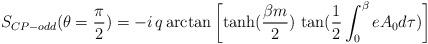
LaTeX: \begin{align*}S_{CP-odd}(\theta=\frac{\pi}{2})=-i\,q\, {\rm arctan}\left[\tanh(\frac{\beta m}{2})\, \tan(\frac{1}{2}\int_0^\beta e A_0 d\tau)\right]\end{align*}